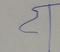
Signature authenticity: forged